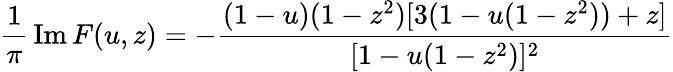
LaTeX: \frac{1}{\pi}\, \mathrm{Im}\, F(u,z)=-\frac{(1-u)(1-z^{2})[3(1-u(1-z^{2}))+z]}{[1-u(1-z^{2})]^{2}}